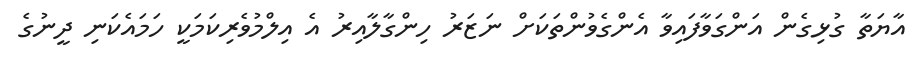
އާޔަތާ ގުޅިގެން އަންގަވާފައިވާ އެންގެވުންތަކަށް ނަޒަރު ހިންގާލާއިރު އެ އިލްމުވެރިކަމަކީ ހަމައެކަނި ދީނުގެ